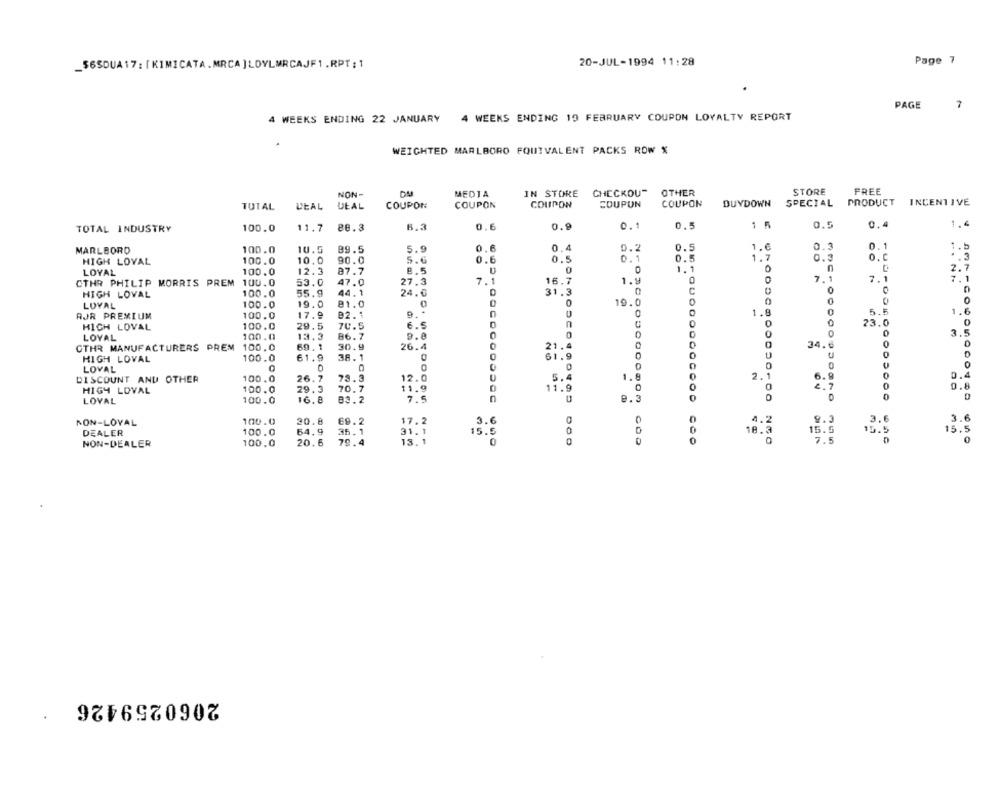
20-JUL-1994 11:28
Page 7
_$6SDUA17: [ KIMICATA.MRCA ]LOYLMRCAJF1 .RPT: 1
PAGE
7
4 WEEKS ENDING 22 JANUARY
4 WEEKS ENDING 19 FEBRUARY COUPON LOYALTY REPORT
WEIGHTED MARLBORO FQUIVALENT PACKS ROW %
STORE
FREE
NON-
MEDIA
IN STORE
CHECKOU-
OTHER
TUTAL
LEAL
DEAL
COUPON
COUPON
COUPON
COUPON
COUPON
DUYDOWN
SPECIAL PRODUCT
INCENTIVE
TOTAL INDUSTRY
100.0
11.7
Be.3
6.3
0.6
0.9
0.1
0.5
1 5
0.5
0,4
1.4
0.5
0.1
1.5
MARLBORO
100.0
10.5
89.5
5.9
0.6
0.4
0.2
1.6
0.
HIGH LOVAL
100.0
10.0
90.0
5.6
0.6
0.5
0.1
0.5
1.7
O.C
87.7
8.5
0
1.1
0
n
2.7
LOYAL
100.0
12.3
7.1
7.1
7.1
OTHR PHILIP MORRIS PREM 100.0
53.0
47.0
27.3
7.1
16.7
1.9
0
0
HIGH LOVAL
100.0
55.9
44.1
24.0
31.3
0
C
0
0
19.0
0
0
LOYAL
100.0
19.0
81.0
0
AJR PREMIUM
100.0
17.9
B2.1
0
1.8
0
5.5
1.6
100.0
6.5
n
0
0
23.0
0
HIGH LOVAL
29.1
70.5
0
3.5
LOYAL
100.0
13.3
86.7
9.8
0
0
0
CTHR MANUFACTURERS PREM 100.0
69.1
30.9
26.4
21.4
34.6
0
61.9
38.1
61.9
U
U
0
HIGH LOVAL
100.0
0
0
LOVAL
0
DISCOUNT AND OTHER
100.0
26.7
78.3
12.0
5.4
1.9
6.9
0
0.4
100.0
29.3
70.7
11.9
11.9
0
2 . 7
0.8
HIGH LOVAL
0
LOVAL
100.0
16. 8
83.2
7.5
100.0
20.8
69.2
17.2
3.6
9.3
3.6
3.6
NON-LOVAL
1.2
DEALER
100.0
64,9
36.1
31.1
15.5
0
18.3
15.5
15.5
15.5
NON-DEALER
100.0
20.6
79.4
13. 1
0
0
0
7.5
0
2060259426
.